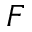
F